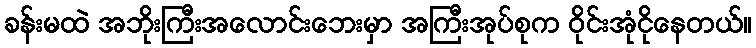
ခန်းမထဲ အဘိုးကြီးအလောင်းဘေးမှာ အကြီးအုပ်စုက ဝိုင်းအုံငိုနေတယ်။